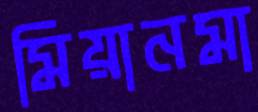
মিয়ানমা